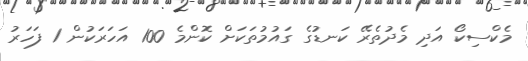
މެކްސިކޯ އަދި މެދުތެރޭ ކަނޑުގެ ގައުމުތަކަށް ކޮންމެ 100 އަހަރަކުން 1 ފަހަރު